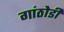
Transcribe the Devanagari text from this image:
गांठोडी